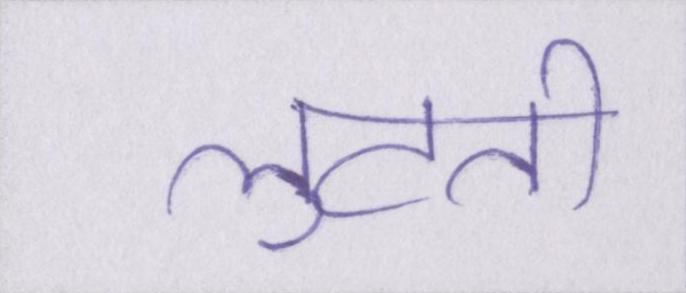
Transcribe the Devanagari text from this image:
लुटती